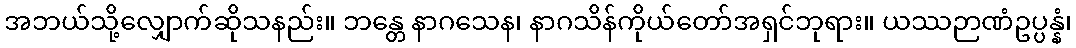
အဘယ်သို့လျှောက်ဆိုသနည်း။ ဘန္တေ နာဂသေန၊ နာဂသိန်ကိုယ်တော်အရှင်ဘုရား။ ယဿဉာဏံဥပ္ပန္နံ၊